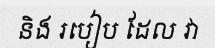
និង របៀប ដែល វា